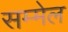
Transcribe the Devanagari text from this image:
सम्‍मेल